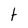
Character: t